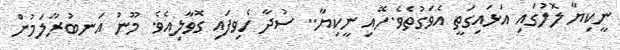
ނީކިޔާ ލޮލުގައި އަޅައިގަތީ އެވަގުތެވެ.ހޭއި ނީކިޔާ.. ސުދާ ހެވިފައި ގޮވާލިއެވެ. މޫނު އަނބުރާލަމުން